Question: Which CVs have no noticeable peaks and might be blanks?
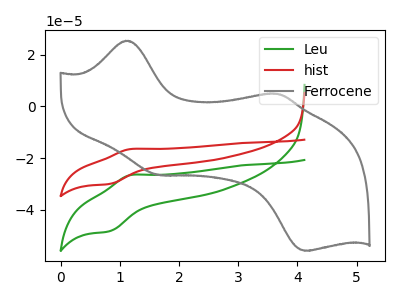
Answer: <think>The green curve "Leu" has an anodic peak at (1.20V, -26.55uA) and a cathodic peak at (0.80V, -48.30uA). The red curve "hist" has an anodic peak at (1.20V, -16.50uA) and a cathodic peak at (0.80V, -30.00uA). The gray curve "Ferrocene" has anodic peaks at (1.10V, 25.40uA) (3.65V, 4.85uA) and cathodic peaks at (1.65V, -26.50uA) (4.15V, -55.85uA).</think>
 <answer>There are not any CV's on this graph that are likely to be blanks.</answer>
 <eval>none</eval>